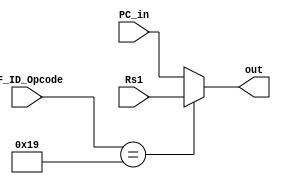
module PCOrRS1(input [7:0] IF_ID_Opcode, input [31:0] PC_in, input [31:0] Rs1,output [31:0] out);
assign out = (IF_ID_Opcode == 8'b000_11001) ? Rs1 : PC_in;
endmodule